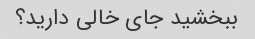
ببخشید جای خالی دارید؟